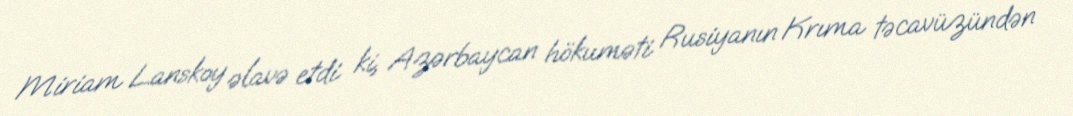
Miriam Lanskoy əlavə etdi ki, Azərbaycan hökuməti Rusiyanın Krıma təcavüzündən